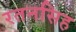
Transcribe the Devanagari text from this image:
रतनसिह